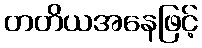
တတိယအနေဖြင့်